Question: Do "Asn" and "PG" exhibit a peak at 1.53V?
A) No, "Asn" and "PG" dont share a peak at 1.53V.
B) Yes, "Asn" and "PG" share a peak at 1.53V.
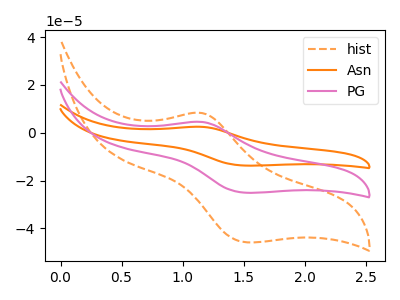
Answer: <think>The orange dashed curve "hist" has an anodic peak at (1.15V, 8.30uA) and a cathodic peak at (1.55V, -45.85uA). The orange curve "Asn" has an anodic peak at (1.15V, 9.05uA) and a cathodic peak at (1.55V, -50.20uA). The pink curve "PG" has an anodic peak at (1.15V, 4.55uA) and a cathodic peak at (1.55V, -25.10uA).</think>
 <answer>B) Yes, "Asn" and "PG" share a peak at 1.53V.</answer>
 <eval>B</eval>